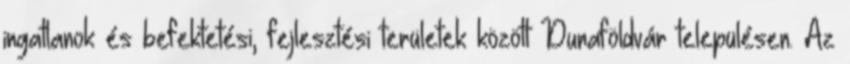
ingatlanok és befektetési, fejlesztési területek között Dunaföldvár településen. Az